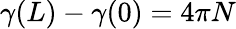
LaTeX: \gamma(L)-\gamma(0)=4\pi N